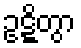
ဥဋ္ဋိတွာ